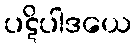
ပဋိပါဒယေ